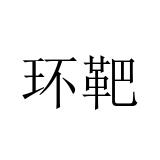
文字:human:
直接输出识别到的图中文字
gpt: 环靶